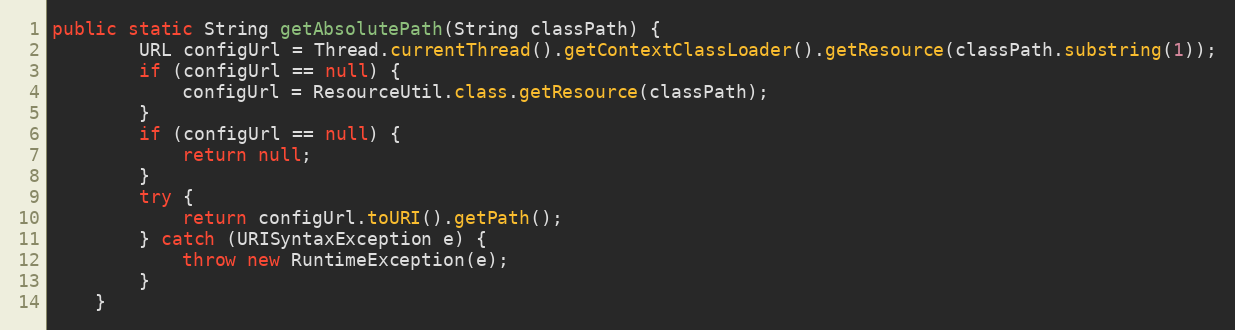
Language: Java
public static String getAbsolutePath(String classPath) {
        URL configUrl = Thread.currentThread().getContextClassLoader().getResource(classPath.substring(1));
        if (configUrl == null) {
            configUrl = ResourceUtil.class.getResource(classPath);
        }
        if (configUrl == null) {
            return null;
        }
        try {
            return configUrl.toURI().getPath();
        } catch (URISyntaxException e) {
            throw new RuntimeException(e);
        }
    }